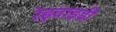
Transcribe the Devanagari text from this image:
रेडुवाइडी